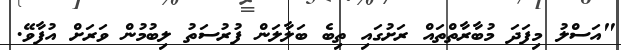
"އަސްލު މިފަދަ މުބާރާތްތައް ރަށުގައި ތިބެ ބަލާލަން ފުރުސަތު ލިބުމުން ވަރަށް އުފާވޭ.